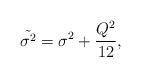
LaTeX: \begin{align*}\tilde{\sigma^2} = \sigma^2 + \frac{Q^2}{12} , \end{align*}